Lunatic asylums Bombay report 1878-1890 - 1878-1890
Year: 1878
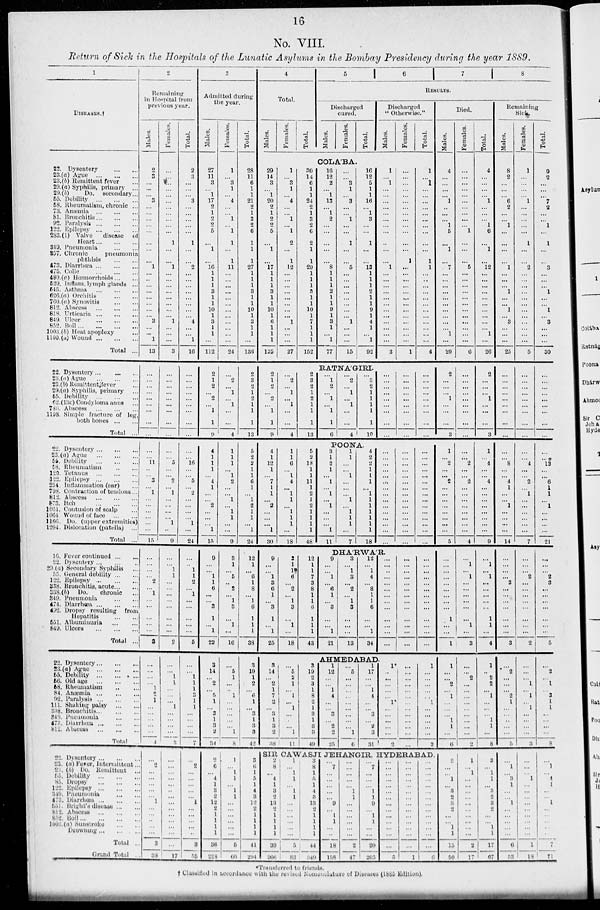
16
No. VIII.
Return of Sick in the Hospitals of the Lunatic Asylums in the Bombay Presidency during the year 1889.
1
DISEASES.†
22. Dysentery ... ...
23.(a) Ague ... ... ...
23.(b) Remittent fever ...
29. (a) Syphilis, primary ...
29.(b)
Do. secondary ...
55. Debility ... ... ...
58. Rheumatism, chronic ...
73. Anæmia ... ... ...
81. Bronchitis ... ... ...
92. Paralysis ... ... ...
122. Epilepsy ... ... ...
283.(1) Valve
disease of
Heart ... ... ...
349. Pneumonia ... ...
357. Chronic
pneumonia
phthisis ... ...
473. Diarrhœa ... ... ...
475. Colic ... ... ...
480.(a) Hæmorrhoids ... ...
529. Inflam. Iymph glands ...
545. Asthma ... ... ...
626.(a) Orchitis ... ...
760.(a) Synovitis ... ...
812. Abscess ... ... ...
818. Urticaria ... ... ...
849. Ulcer ... ... ...
852. Boil ... ... ... ...
1003.(b) Heat apoplexy ...
1100.(a) Wound ... ... ...
Total ...
22. Dysentery... ... ...
23.(a) Ague ... ... ...
23.(b) Remittent fever ...
29.(a) Syphilis, primary ...
55. Debility ... ... ...
62.(13c) Condyloma anus ...
786. Abscess ... ... ...
1198. Simple fracture of leg,
both bones ... ...
Total ...
22. Dyscutery ... ... ...
23.(a) Ague ... ... ...
55. Debility ... ... ...
58. Rheumatism ... ...
120. Tetanus ... ... ...
122. Epilepsy ... ... ...
254. Inflammation (ear) ...
798. Contraction of tendons ...
812. Abscess ... ... ...
873. Itch ... ... ...
1051. Contusion of scalp ...
1064. Wound of face ... ...
1166. Do. (upper extremities)
1204. Dislocation (patella) ...
Total ...
16. Fever continued ... ...
22. Dysentery ... ... ...
29.(a) Secondary Syphilis ...
55. General debility ... ...
122. Epilepsy ... ... ...
338. Bronchitis, acute ... ...
338.(b) Do.
chronic ...
349. Pneumonia ... ...
474. Diarrhœa ... ... ...
492. Dropsy resulting from
Hepatitis ... ...
551. Albuminuria ... ...
549. Ulcers ... ... ...
Total ...
22. Dysentery ... ... ...
23. (a) Ague ... ... ...
55. Debility ... ... ...
56. Old age ... ... ...
58. Rheumatism ... ...
84. Anæmia ... ... ...
92. Paralysis ... ... ...
111. Shaking palsy ...
338. Bronchitis ... ... ...
349. Pneumonia ...
473. Diarrhœa ... ... ...
812. Abscess ... ... ...
Total ...
22. Dysentery ... ... ...
23. (a) Fever, Intermittent. ...
23. (b) Do. Remittent ...
55. Debility ... ... ...
85. Dropsy ... ... ...
122. Epilepsy ... ... ...
349. Pneumonia ... ...
473. Diarrhœa ... ... ...
551. Bright's disease ... ...
812. Abscess ... ... ...
852. Boil ... ... ... ...
1003. (a) Sunstroke ...
Drowning ... ... ...
Total ...
Grand Total ...
2
Remaining
in Hospital from
previous year.
Males.
2
3
...
...
... 3
...
...
...
...
...
...
...
...
1
...
...
...
... ...
...
...
... 3
...
... 1
13
... ...
...
...
...
... ...
...
...
... ...
11
...
... 3
... l
...
...
...
...
...
...
15
... ...
...
... 2
... l
...
...
...
...
...
3
...
...
...
... 1
2
1
...
...
...
...
...
4
... 2
...
...
...
...
...
1
...
... ...
...
...
3
38
Females.
...
...
...
...
...
...
...
...
...
...
...
1
...
...
1
...
...
...
... ...
...
...
... l
...
...
...
3
... ...
...
...
...
... ...
...
...
... ...
5
...
... 2
... l
...
...
...
... l
...
9
... ... 1
1
...
...
...
...
...
...
...
...
2
... ... l
1
...
...
... 1
...
...
...
...
3
... ...
...
...
...
...
...
...
...
...
... ...
...
...
17
Total.
2
3
...
...
... 3
...
...
...
...
...
1
...
...
2
...
...
...
... ...
...
...
... 4
...
... l
16
... ...
...
...
...
... ...
...
...
... ...
l6
...
... 5
... 2
...
...
...
... l
...
24
... ... 1
1
2
... 1
...
...
...
...
...
5
... ... 1
1
1
2
1
1
...
...
...
...
7
... 2
...
...
...
...
... 1
...
...
... ...
...
3
55
3
Admitted during
the year.
Males.
27
11
3
... l
17
2
1
2
2
5
...
l
...
16
1
1
1
3
1
1
10
1
3
1
1
...
112
2
1
2
... 2
... l
1
9
4
1
1
1
... 4
1
...
... 2
...
...
...
l
15
9
...
... 1
1
6
...
... 8
1
... l
22
3
14
...
2
... 5
1
...
3
1
3
2
34
2
6
...
4
1
3
2
12
2
1
1
1
1
36
228
Females.
1
... 3
1
... 4
...
... 1
... 1
1
...
1
11
...
...
...
... ...
...
...
...
...
...
...
...
24
... 2
... 1
... 1
...
...
4
1
1
1
... 1
2
...
... 1
... l
1
...
...
9
3
1
... 5
...
2
... l
3
...
1
...
16
... 5
1
...
... 1
...
...
...
...
... l
8
1
...
l
1
... 1
1
...
...
...
...
...
...
5
66
Total.
28
11
6
1
1
21
2
1
3
2
6
1
1
1
27
1
1
1
3
1
1
10
1
3
1
1
...
136
2
3
2
1
2
1
1
1
13
5
2
2
1
1
6
1
... 1
2
1
1
...
1
24
12
1
... 6
1
8
... ...
6
1
1
1
38
3
19
1
2
... 6 1
...
3
1
3
3
42
3
6
1
5
1
4
3
12
2
1
1
1
1
41
294
4
Total.
Males.
Females.
Total.
5 6
7
8
RESULTS.
Discharged
cured.
Males.
Females.
Total.
Discharged
" Otherwise."
Males.
Females.
Total.
COLA'BA.
29
14
3
... 1
20
2
1
2
2
5
...
1
...
17
1
1
1
3
1
1
10
1
6
1
1
1
125
1
... 3
1
... 4
...
... 1
... 1
2
...
1
12
...
...
...
... ...
...
...
... 1
...
...
...
27
30
14
6
1
1
24
2
1
3
2
6
2
1
1
29
1
1
1
3 1
1 10
1
7
1
1
1
152
16
12
2
... 1
13
... 1
2
...
...
...
...
...
8 1
1
1
2
1
1
9
1
3
1
... 1
77
...
... 3
1
... 3
...
...
1
...
...
1
...
...
5
...
...
...
... ...
...
...
... 1
...
...
...
15
16
12
5
1
1
16
... 1
3
...
...
1
...
...
13 1
1
1
2
1
1
9
1
4
1
... 1
92
1
... 1
...
...
...
...
...
...
...
...
...
...
...
1
...
...
...
... ...
...
...
...
...
...
...
...
3
...
...
...
...
...
...
...
...
...
...
...
...
...
1
...
...
...
...
... ...
...
...
...
...
...
...
...
1
1
... 1
...
...
...
...
...
...
...
...
...
...
1
1
...
...
...
... ...
...
...
...
...
...
...
...
4
RATNA'GIRI.
2
1
2
... 2
... 1
1
9
... 2
... 1
... 1
...
...
4
2
3
2
1
2
1
1
1
13
... 1
2
... 1
... 1
1
6
... 2
... 1
... 1
...
...
4
... 3
2
1
1
1
1
1
10
... ...
...
...
...
... ...
...
...
... ...
...
...
...
... ...
...
...
... ...
...
...
...
... ...
...
...
POONA.
4
1
12
1
... 7
1
1
... 2
...
...
...
1
30
1
1
6
... 1 4
... 1
1
... 1
1
1
...
18
5
2
18
1
1
11
1
2
1
2
1
1
1
1
48
3
1
2
1
... 1
... 1
... 1
...
...
...
1
11
1
1
...
... 1
...
...
... 1
... 1
1
1
...
7
4
2
2
1
1
1
... 1
1
1
1
1
1
1
18
... ...
...
...
...
...
...
...
...
...
...
...
...
...
...
... ...
...
...
...
...
...
...
...
...
...
...
...
...
...
... ...
...
...
...
...
...
...
...
...
...
...
...
...
...
DHA'RWA'R.
9
...
... 1
3
6
1
...
3
1
... 1
25
3
1
1
6
...
2
... 1
3
...
1
...
18
12
1
1
7
3
8
1
1
6
1
1
1
43
9
...
... 1
...
6 1
... 3
...
... 1
21
3
... 1
3
... 2
... 1
3
...
...
...
13
12
...
1
4
...
8
1
1
6
...
... 1
34
... ...
...
...
...
...
...
...
...
...
...
...
...
... ...
...
...
...
...
...
...
...
...
...
...
...
... ...
...
...
...
...
...
...
...
...
...
...
...
AHMEDABAD.
3
14
...
2
1
7
2
1
3
1
3
2
38
... 5
2
1
... 1
... ...
...
...
... 1
11
3
19
2
3
1
8
2
1
3
1
3
3
49
1
12
...
... 1
4
...
...
3
... 2
2
25
... 5
...
...
...
...
...
...
...
...
... 1
6
1
17
...
...
1
4
...
... 3
... 2
3
31
1*
...
...
...
...
...
1
...
...
...
... ...
2
... ...
...
...
...
...
... ...
...
...
... ...
...
1
...
...
...
... ... 1
... ...
... ...
...
2
SIB CAWASJI JEHANGIR. HYDERABAD
2
8
...
4
1
3
2
13
2
1
1
1
1
39
266
1
...
1
1
... 1
1
... ...
...
...
...
...
5
83
3
8
1
5
1
4
3
13
2
1
1
1
1
44
349
... 7
...
...
...
...
... 9
...
1
1
...
...
18
158
... ...
... ...
... 1
1
...
...
...
...
...
...
2
47
... 7
... ...
... 1
1
9
...
1
1
...
...
20
205
... ... ...
... ...
...
...
... ...
...
...
...
...
...
5
... ...
...
... ...
...
...
...
...
...
...
...
...
...
1
... ... ...
...
... ...
... ...
...
...
...
...
...
...
6
Died.
Males.
4
...
...
...
... 1
...
...
... 1
5
...
1
...
7
...
...
...
...
...
...
...
...
...
... 1
...
20
2
... ...
... 1
...
...
...
3
1
...
2
...
... 2
...
...
...
...
...
... ...
...
5
... ...
...
...
...
...
... ...
...
1
... ...
1
1
...
...
2
... 1
...
...
...
1
1
...
6
2
... ...
1
...
3
2
3
2
...
... 1
1
15
50
Females.
...
...
...
...
...
...
...
...
...
... 1
...
...
...
5
...
...
...
... ...
...
...
...
...
...
...
...
6
... ...
...
...
...
...
...
...
...
... ...
2
...
... 2
...
...
...
...
...
...
...
...
4
... 1
... 1
...
...
...
...
...
...
1
...
3
... ... 2
...
...
...
...
...
...
...
...
...
2
1
...
1
...
...
...
...
...
...
...
...
...
...
2
17
Total.
4
...
...
...
... 1
...
...
... 1
6
...
1
...
12
...
...
...
...
...
...
...
...
...
... 1
...
26
2
...
...
... 1
... ...
...
3
1
...
4
...
... 4
...
...
...
...
...
...
...
...
9
... 1
... 1
...
...
...
...
...
1
1
...
4
1
... 2
2
... 1
...
...
... 1
1
...
8
3
...
1
1
... 3 2
3
2
...
... 1
1
17
67
Remaining
Sick
Males.
8
2
...
...
... 6
2
...
... 1
...
...
...
...
1
...
...
... 1
...
... 1
... 3
...
...
...
25
... ...
...
...
...
... ...
...
...
... ...
8
...
... 4
1
...
... 1
...
...
...
...
14
...
...
...
... 3
...
...
...
...
...
...
...
3
... 2
...
...
... 2
1
...
...
...
...
...
5
... 1
... 3
1
...
...
1
...
...
...
...
...
6
53
Females.
1
...
...
...
... 1
...
...
...
...
...
1
...
...
2
...
...
...
... ...
...
...
...
...
...
...
...
5
... ...
...
...
...
... ...
...
...
... ...
4
...
... 2
... 1
...
...
...
...
...
...
7
...
...
... 2
...
...
...
...
...
...
...
...
2
... ...
... 1
... 1
... 1
...
...
...
...
3
... ...
... 1
...
...
...
...
...
...
...
...
...
1
18
Total.
9
2
...
...
... 7
2
...
... 1
...
1
...
...
3
...
...
... 1
...
... 1
... 3
...
...
...
30
... ...
...
...
...
... ...
...
...
... ...
12
...
...
6 1
1
...
1
...
...
...
...
21
... ...
... 2
3
...
...
...
...
...
...
...
5
... 2
... 1
... 3
1
1
...
...
...
...
8
... 1
... 4
1
...
... 1
...
...
...
...
...
7
71
*Transferred to friends.
† Classified in accordance with the revised Nomenclature of Diseases (1885 Edition).